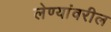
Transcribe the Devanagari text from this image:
लेण्यांवरील